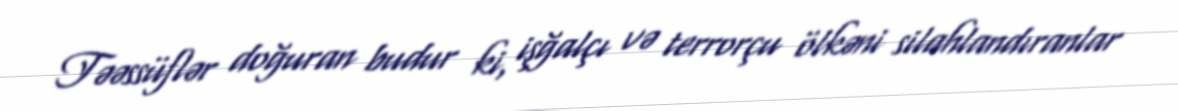
Təəssüflər doğuran budur ki, işğalçı və terrorçu ölkəni silahlandıranlar